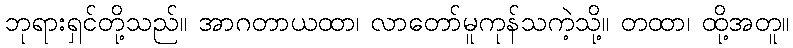
ဘုရားရှင်တို့သည်။ အာဂတာယထာ၊ လာတော်မူကုန်သကဲ့သို့။ တထာ၊ ထို့အတူ။